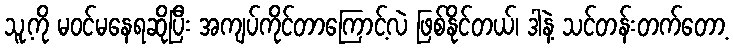
သူ့ကို မဝင်မနေရဆိုပြီး အကျပ်ကိုင်တာကြောင့်လဲ ဖြစ်နိုင်တယ်၊ ဒါနဲ့ သင်တန်းတက်တော့